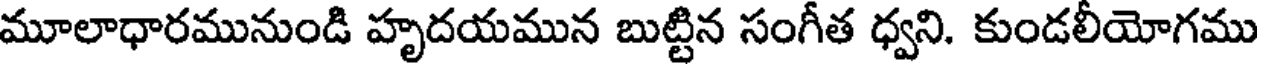
మూలాధారమునుండి హృదయమున బుట్టిన సంగీత ధ్వని. కుండలీయోగము